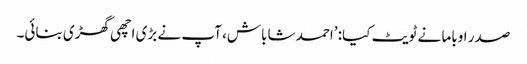
صدر اوباما نے ٹویٹ کیا: ’احمد شاباش، آپ نے بڑی اچھی گھڑی بنائی۔